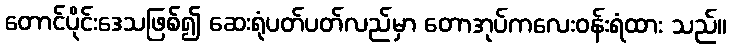
တောင်ပိုင်းဒေသဖြစ်၍ ဆေးရုံပတ်ပတ်လည်မှာ တောအုပ်ကလေးဝန်းရံထား သည်။